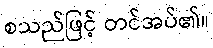
စသည်ဖြင့် တင်အပ်၏။